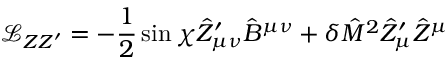
\mathcal { L } _ { Z Z ^ { \prime } } = - \frac { 1 } { 2 } \sin \chi \hat { Z } _ { \mu \nu } ^ { \prime } \hat { B } ^ { \mu \nu } + \delta \hat { M } ^ { 2 } \hat { Z } _ { \mu } ^ { \prime } \hat { Z } ^ { \mu }